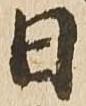
日